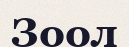
Зоол